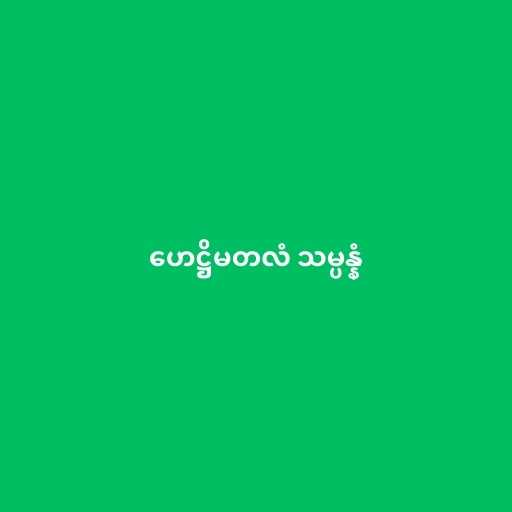
ဟေဋ္ဌိမတလံ သမ္ပန္နံ